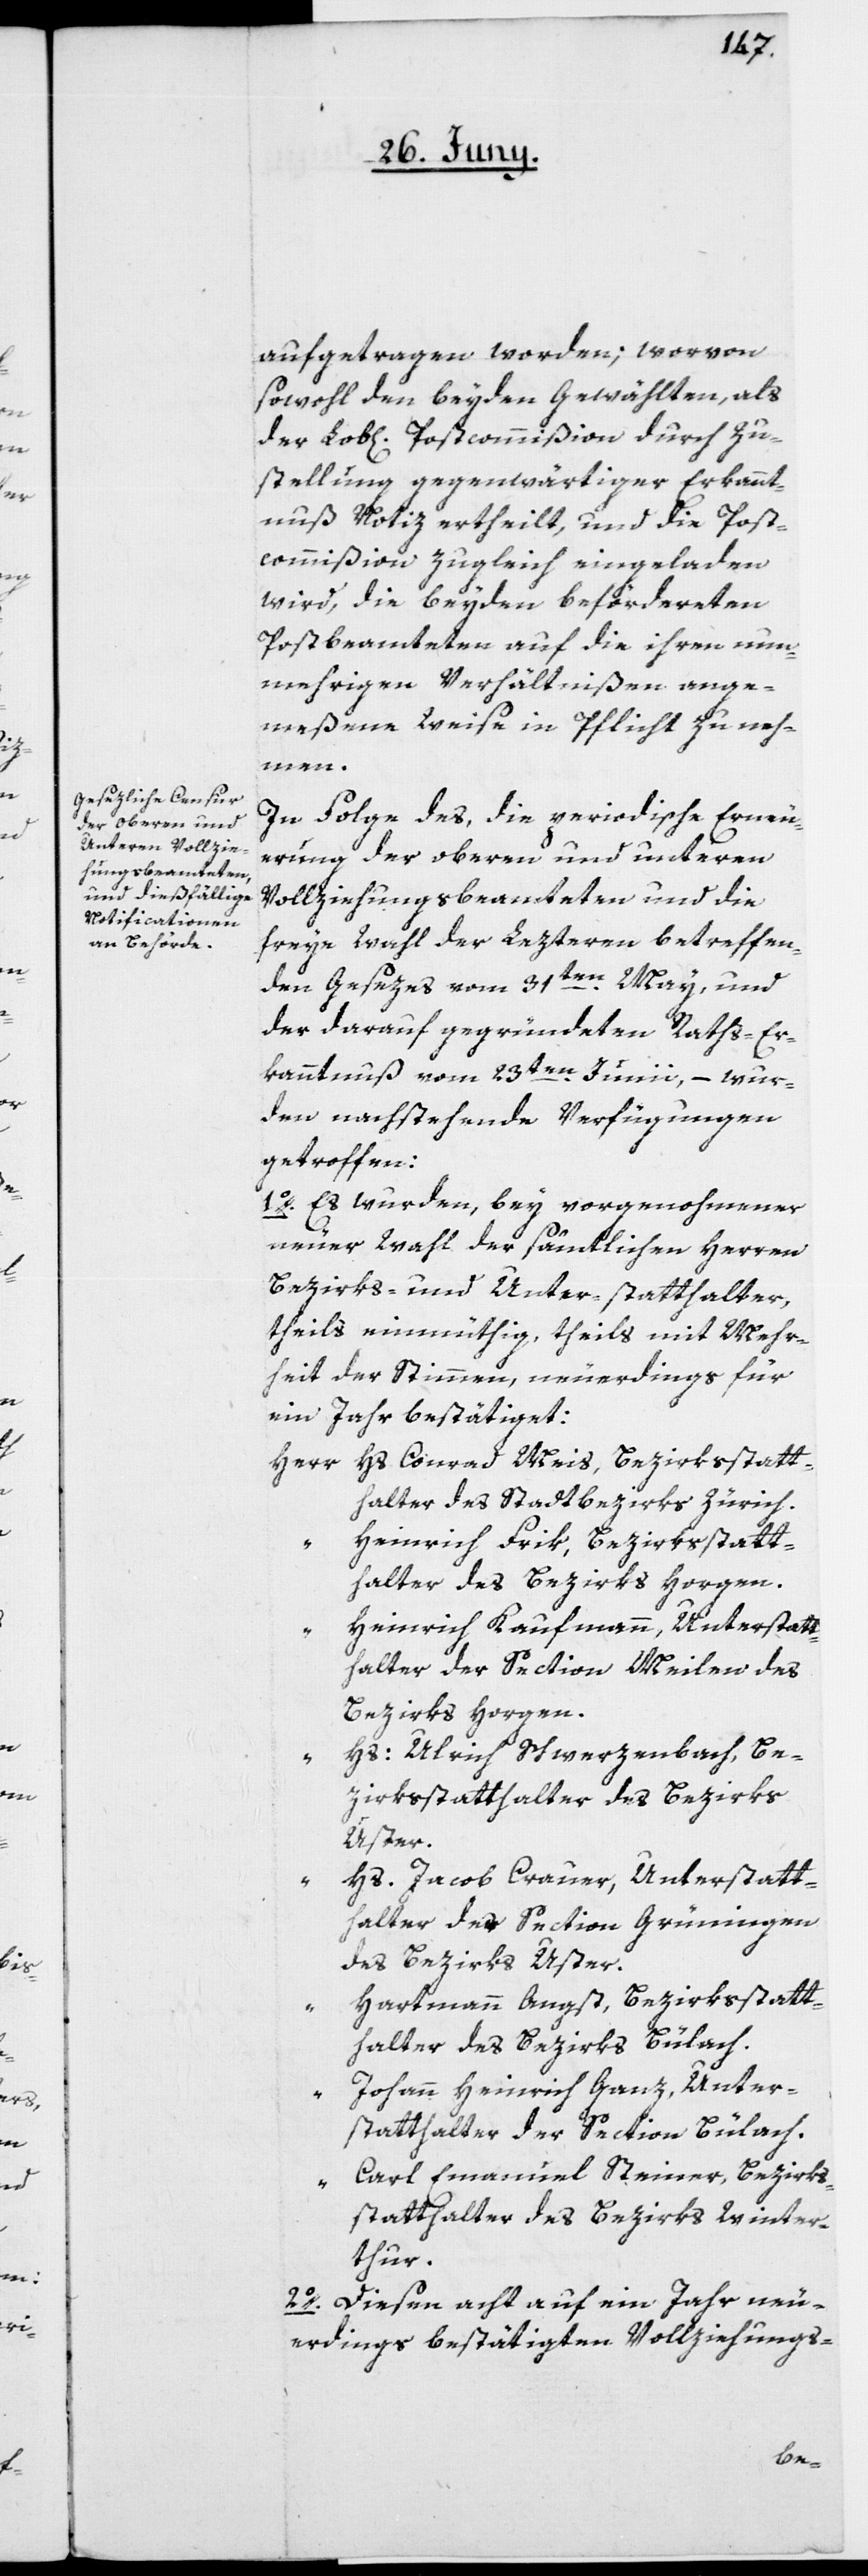
aufgetragen worden; worvon
sowohl den beyden Gewählten, als
der Lob[lichen] Postcommißion durch Zu¬
stellung gegenwärtiger Erkannt¬
nuß Notiz ertheilt, und die Post¬
commißion zugleich eingeladen
wird, die beyden beförderten
Postbeamteten auf die ihren nun¬
mehrigen Verhältnißen ange¬
meßene Weise in Pflicht zu neh¬
men.
In Folge des, die periodische Erneu¬
erung der oberen und unteren
Vollziehungsbeamteten und die
freye Wahl der Lezteren betreffen¬
den Gesezes vom 31ten May, und
der darauf gegründeten Raths-Er¬
kanntnuß vom 23ten Junii, – wur¬
den nachstehende Verfügungen
getroffen:
1o. Es wurden, bey vorgenohmener
neuer Wahl der sämtlichen Herren
Bezirks- und Unter-statthalter
theils einmüthig, theils mit Mehr¬
heit der Stimmen, neuerdings für
ein Jahr bestätiget:
Hs. Conrad Meis, Bezirksstatt¬
Herr
halter des Stadtbezirks Zürich.
Heinrich Frik, Bezirksstatt¬
halter des Bezirks Horgen.
Heinrich Kaufmann, Unterstatt¬
halter der Section Meilen des
Bezirks Horgen.
Hs. Ulrich Schwerzenbach, Be¬
zirksstatthalter des Bezirks
Uster.
Hs. Jacob Crauer, Unterstatt¬
halter der Section Grüningen
des Bezirks Uster.
Hartmann Angst, Bezirksstatt¬
halter des Bezirks Bülach.
Johann Heinrich Ganz, Unter¬
statthalter der Section Bülach.
Carl Emanuel Steiner, Bezirks¬
statthalter des Bezirks Winter¬
thur.
2o. Diesen acht auf ein Jahr neu¬
erdings bestätigten Vollziehungs-